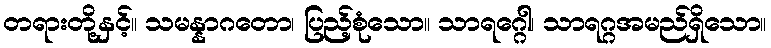
တရားတို့နှင့်။ သမန္နာဂတော၊ ပြည့်စုံသော။ သာရဂ္ဂေါ၊ သာရဂ္ဂအမည်ရှိသော။